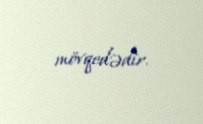
mövqedədir.